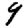
Digit: 9